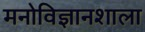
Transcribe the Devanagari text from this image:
मनोविज्ञानशाला